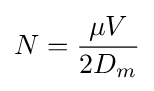
N={\frac {\mu V}{2D_{m}}}